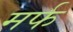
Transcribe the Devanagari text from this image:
मर्फ